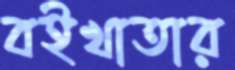
বইখাতার